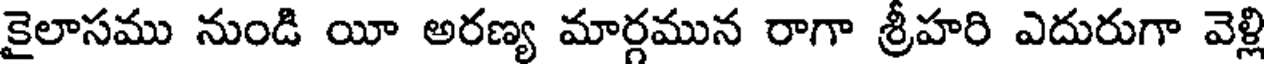
కైలాసము నుండి యీ అరణ్య మార్గమున రాగా శ్రీహరి ఎదురుగా వెళ్లి